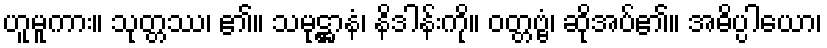
ဟူမူကား။ သုတ္တဿ၊ ၏။ သမုဋ္ဌာနံ၊ နိဒါန်းကို။ ဝတ္တဗ္ဗံ၊ ဆိုအပ်၏။ အဓိပ္ပါယော၊